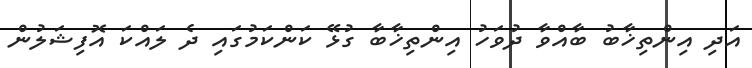
އަދި އިންތިޚާބު ބާއްވާ ދުވަހު އިންތިޚާބާ ގުޅޭ ކަންކަމުގައި ދެ ލައްކަ އޮފިޝަލުން